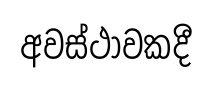
අවස්ථාවකදී